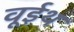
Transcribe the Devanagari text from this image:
वूईथ